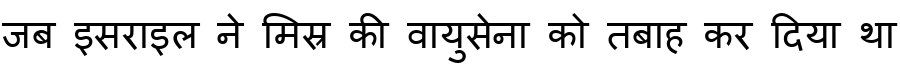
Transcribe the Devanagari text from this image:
जब इसराइल ने मिस्र की वायुसेना को तबाह कर दिया था